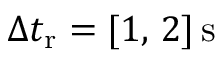
\Delta t _ { \mathrm { r } } = [ 1 , \, 2 ] \, \mathrm { s }